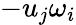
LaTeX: -u_{j}\omega_{i}